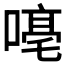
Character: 𪢁